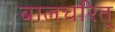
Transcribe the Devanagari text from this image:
बालचरित्‌